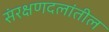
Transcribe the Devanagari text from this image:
संरक्षणदलांतील